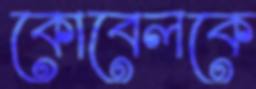
কোবেলকে